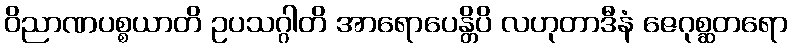
ဝိညာဏပစ္စယာတိ ဥပသဂ္ဂါတိ အာရောပေန္တိပိ လဟုတာဒီနံ ဇေဂုစ္ဆတရော